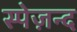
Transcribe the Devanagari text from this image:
स्पेज़न्द